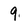
Character: 9